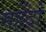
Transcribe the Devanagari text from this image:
महेंद्रो